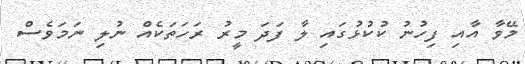
މޭވާ އާއި ފިހުނު ކުކުޅުގައި ލާ ފަދަ މީރު ރަހަތަކެއް ނުލި ނަމަވެސް